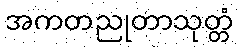
အကတညုတာသုတ္တံ